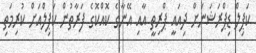
ކަޕިލް ޑިޕްރަޝަނަށް ދިއައީ ޕްރިތީ އާއި އޭނާގެ ކޮއްކޮގެ ފަރާތުން ކަޕިލްއަށް ކުރިމަތި